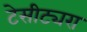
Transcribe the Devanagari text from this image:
टेसीट्यरा